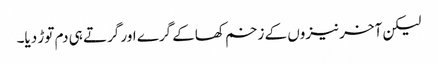
لیکن آخر نیزوں کے زخم کھاکے گرے اور گرتے ہی دم توڑ دیا۔